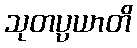
သုတပ္ပယာတိ